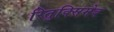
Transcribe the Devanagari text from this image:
रितुक्सिमेब